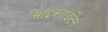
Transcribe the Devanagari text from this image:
साइक्लाइटिस